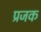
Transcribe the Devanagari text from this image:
प्रजक